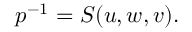
p ^ { - 1 } = S ( u , w , v ) .